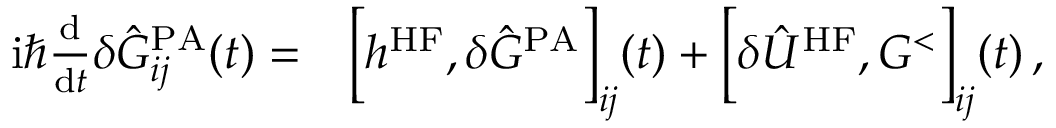
\begin{array} { r l } { \mathrm { i } \hbar \frac { \mathrm { d } } { \mathrm { d } t } \delta \hat { G } _ { i j } ^ { \mathrm { P A } } ( t ) = } & { \Big [ h ^ { \mathrm { H F } } , \delta \hat { G } ^ { \mathrm { P A } } \Big ] _ { i j } ( t ) + \Big [ \delta \hat { U } ^ { \mathrm { H F } } , G ^ { < } \Big ] _ { i j } ( t ) \, , \, } \end{array}